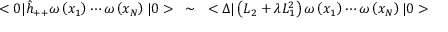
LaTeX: < 0 | \hat { h } _ { + + } \omega \left( x _ { 1 } \right) \cdots \omega \left( x _ { N } \right) | 0 > ~ \sim ~ < \Delta | \left( L _ { 2 } + \lambda L _ { 1 } ^ { 2 } \right) \omega \left( x _ { 1 } \right) \cdots \omega \left( x _ { N } \right) | 0 >